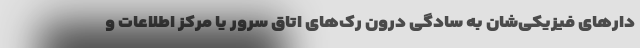
دارهای فیزیکی‌شان به سادگی درون رک‌های اتاق سرور یا مرکز اطلاعات و